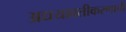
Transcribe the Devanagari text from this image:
अद्ययावतीकरणाची